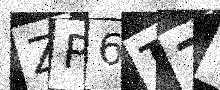
Text: ZP6T7Y